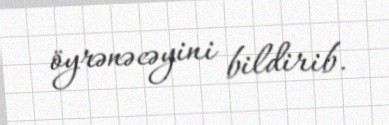
öyrənəcəyini bildirib.